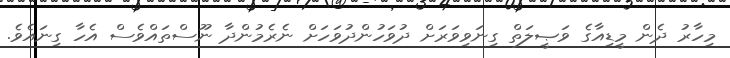
މިހާރު ދެން މީޑިއާގެ ވަޞީލަތް ގިނަވިވަރަށް ދުވަހުންދުވަހަށް ނެރެމުންދާ ނޫސްތައްވެސް އެހާ ގިނައެވެ.